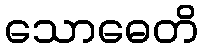
သောဓေတိ